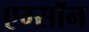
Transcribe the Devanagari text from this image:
एग्सॉन